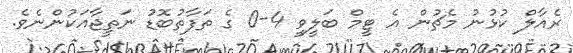
ރެއާލް ކުޅުނު މެޗުން އެ ޓީމް ބަލީވީ 4-0 ގެ ތަފާތުބޮޑު ނަތީޖާއަކުންނެވެ.